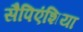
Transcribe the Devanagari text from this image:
सैपिएंशिया